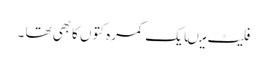
فلیٹ میںایک کمرہ کتوں کابھی تھا ۔